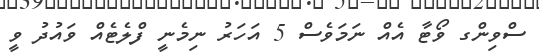
ސްވިންގ ވޯޓާ އެއް ނަމަވެސް 5 އަހަރު ނިމެނީ ފްލެޓެއް ވައުދު ވީ